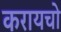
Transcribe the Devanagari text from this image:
करायचो